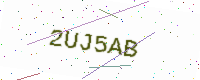
Text: 2UJ5AB